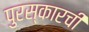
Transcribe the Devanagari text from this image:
पुरस्कारची